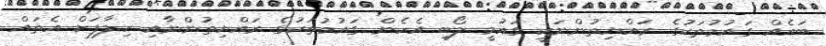
ބައެއް ގައުމުތަކުގެ ރައްޔިތުންނަކީ ގައުމީ ލޯބި އެހެން ގައުމުތަކުގެ ރައްޔިތުންނާއި ހިލާފަށް އެތައް